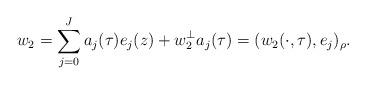
LaTeX: \begin{align*} w_2 = \sum_{j=0}^Ja_j(\tau)e_j(z) + w_2^\bot a_j(\tau)=(w_2(\cdot,\tau),e_j)_\rho. \end{align*}